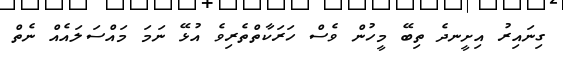
ގިނައިރު އިށީނދެ ތިބޭ މީހުން ވެސް ހަރަކާތްތެރިވެ އުޅޭ ނަމަ މައްސަލައެއް ނެތް